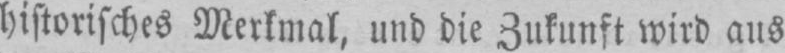
historisches Merkmal, und die Zukunft wird aus